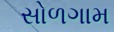
સોળગામ